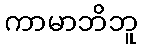
ကာမာဘိဘူ